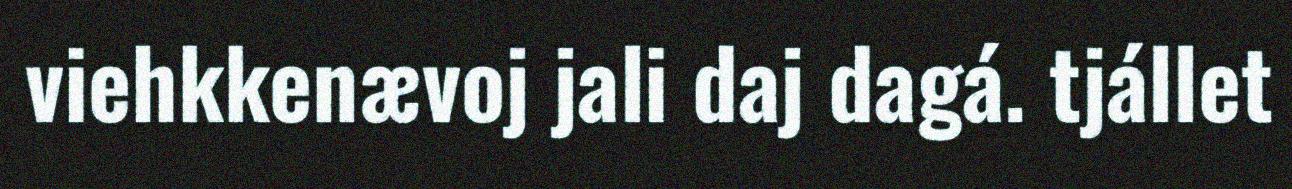
viehkkenævoj jali daj dagá. tjállet